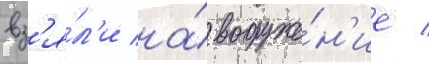
вз'я́л'и на́ вооруже́н'ие /